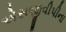
એસજીવીપીના